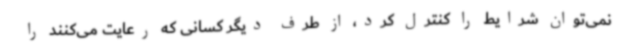
نمی‌توان شرایط را کنترل کرد، از طرف دیگر کسانی که رعایت می‌کنند را